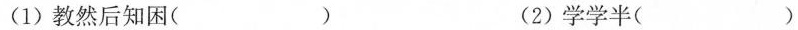
(1)教然后知困( ) (2)学学半( )